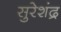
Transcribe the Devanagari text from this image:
सुरेशंद्र